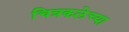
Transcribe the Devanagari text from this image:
चित्रकलेच्‍या